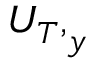
{ U _ { T } , } _ { y }